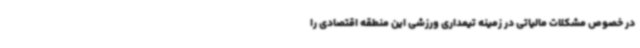
در خصوص مشکلات مالیاتی در زمینه تیمداری ورزشی این منطقه اقتصادی را